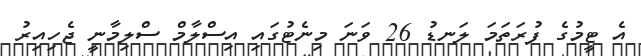
އެ ޓީމުގެ ފުރަތަމަ ލަނޑު 26 ވަނަ މިނެޓުގައި އިސްލާމް ސްލިމާނީ ޖެހިއިރު